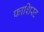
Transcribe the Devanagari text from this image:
फाशिस्ट